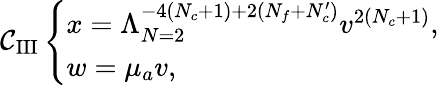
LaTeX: \mathcal{C}_{\mathrm{{III}}}\left\{ \begin{array}{l}{{x=\Lambda_{N=2}^{-4(N_{c}+1)+2(N_{f}+N_{c}^{\prime})}v^{2(N_{c}+1)},}}\\ {{w=\mu_{a}v,}}\end{array}\right.